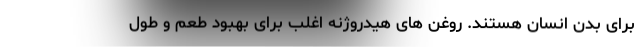
برای بدن انسان هستند. روغن های هیدروژنه اغلب برای بهبود طعم و طول